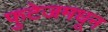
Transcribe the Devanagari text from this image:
फुटेजमधून